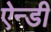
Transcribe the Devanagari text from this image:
ऐन्डी